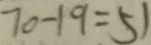
7 0 - 1 9 = 5 1